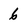
Character: 6